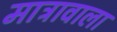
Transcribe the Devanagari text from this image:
मात्रावाला